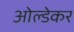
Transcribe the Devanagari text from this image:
ओल्डेकर